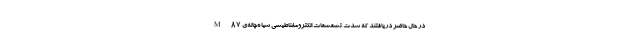
در حال حاضر دریافتند که شدت تشعشعات الکترومغناطیسی سیاه‌چاله‌ی M۸۷